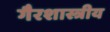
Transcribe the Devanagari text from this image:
गैरशास्त्रीय